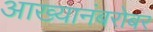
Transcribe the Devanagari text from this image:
आख्यानंबरोबर